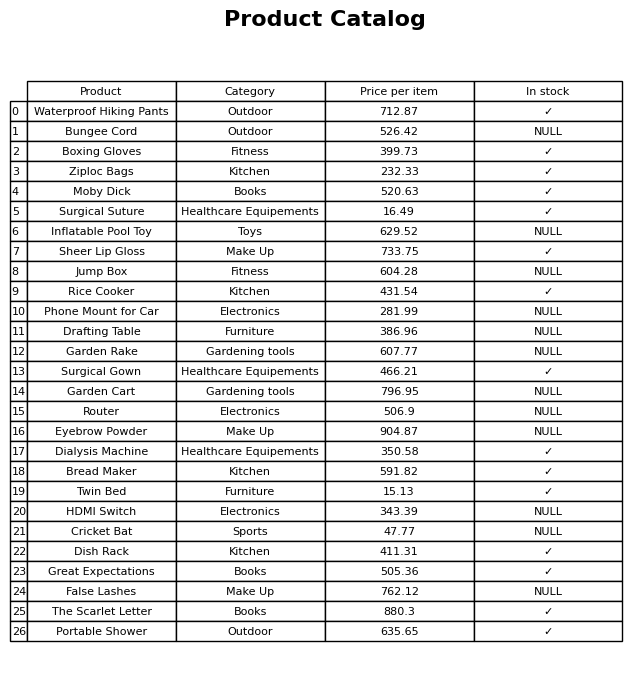
question: What is the price of the HDMI Switch?
answer: The price of HDMI Switch is 343.39.